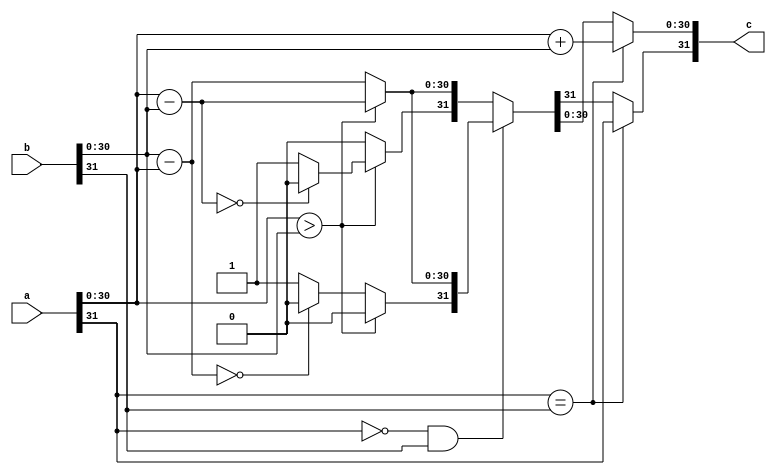
module qadd #(
	//Parameterized values
	parameter Q = 15,
	parameter N = 32
	)
	(
    input [N-1:0] a,
    input [N-1:0] b,
    output [N-1:0] c
    );

reg [N-1:0] res;

assign c = res;

always @(*) begin
	// both negative or both positive
	if(a[N-1] == b[N-1]) begin						//	Since they have the same sign, absolute magnitude increases
		res[N-2:0] = a[N-2:0] + b[N-2:0];		//		So we just add the two numbers
		res[N-1] = a[N-1];							//		and set the sign appropriately...  Doesn't matter which one we use, 
															//		they both have the same sign
															//	Do the sign last, on the off-chance there was an overflow...  
		end												//		Not doing any error checking on this...
	//	one of them is negative...
	else if(a[N-1] == 0 && b[N-1] == 1) begin		//	subtract a-b
		if( a[N-2:0] > b[N-2:0] ) begin					//	if a is greater than b,
			res[N-2:0] = a[N-2:0] - b[N-2:0];			//		then just subtract b from a
			res[N-1] = 0;										//		and manually set the sign to positive
			end
		else begin												//	if a is less than b,
			res[N-2:0] = b[N-2:0] - a[N-2:0];			//		we'll actually subtract a from b to avoid a 2's complement answer
			if (res[N-2:0] == 0)
				res[N-1] = 0;										//		I don't like negative zero....
			else
				res[N-1] = 1;										//		and manually set the sign to negative
			end
		end
	else begin												//	subtract b-a (a negative, b positive)
		if( a[N-2:0] > b[N-2:0] ) begin					//	if a is greater than b,
			res[N-2:0] = a[N-2:0] - b[N-2:0];			//		we'll actually subtract b from a to avoid a 2's complement answer
			if (res[N-2:0] == 0)
				res[N-1] = 0;										//		I don't like negative zero....
			else
				res[N-1] = 1;										//		and manually set the sign to negative
			end
		else begin												//	if a is less than b,
			res[N-2:0] = b[N-2:0] - a[N-2:0];			//		then just subtract a from b
			res[N-1] = 0;										//		and manually set the sign to positive
			end
		end
	end
endmodule